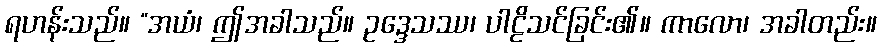
ရဟန်းသည်။ “အယံ၊ ဤအခါသည်။ ဥဒ္ဒေသဿ၊ ပါဠိသင်ခြင်း၏။ ကာလော၊ အခါတည်း။